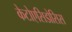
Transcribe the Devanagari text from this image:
केटोएसिडोसिस